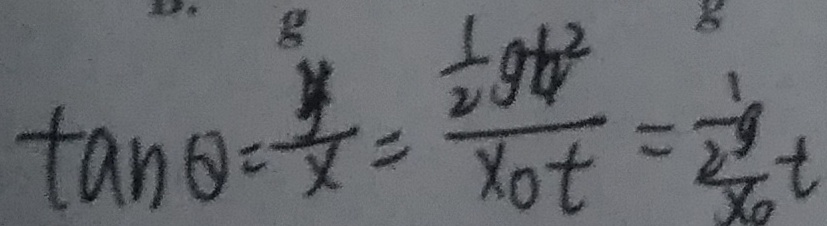
\tan \theta = \frac { y } { x } = \frac { \frac { 1 } { 2 } g t ^ { 2 } } { x _ { 0 } t } = \frac { \frac { 1 } { 2 } } { x _ { 0 } } t